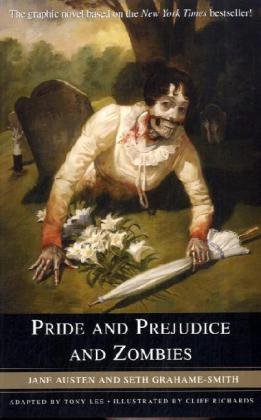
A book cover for Pride and Prejudice and Zombies: The Graphic Novel; Jane Austen; Comics & Graphic Novels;